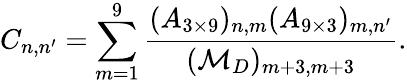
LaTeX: C_{n,n^{\prime}}=\sum_{m=1}^{9}\frac{(A_{3\times 9})_{n,m}(A_{9\times 3})_{m,n^{\prime}}}{({\cal M}_{D})_{m+3,m+3}}.